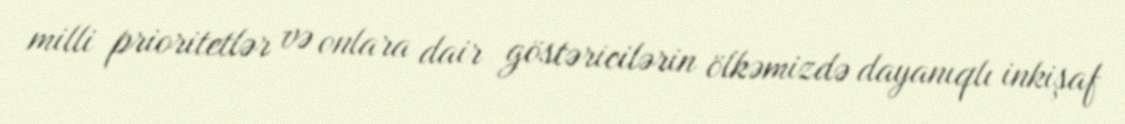
milli prioritetlər və onlara dair göstəricilərin ölkəmizdə dayanıqlı inkişaf